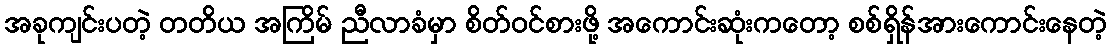
အခုကျင်းပတဲ့ တတိယ အကြိမ် ညီလာခံမှာ စိတ်ဝင်စားဖို့ အကောင်းဆုံးကတော့ စစ်ရှိန်အားကောင်းနေတဲ့